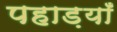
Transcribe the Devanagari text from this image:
पहाड़याँ